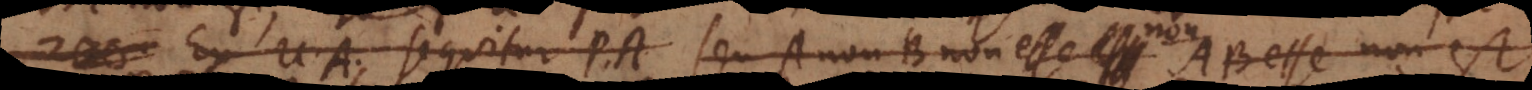
Ex U. A. sequitur P. A. seu A non‐B non esse est non AB esse non est